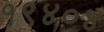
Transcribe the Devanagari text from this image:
१९४०४